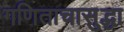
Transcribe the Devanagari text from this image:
गणिताचासुद्धा